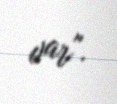
var".